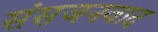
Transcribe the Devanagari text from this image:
संसजनवाद